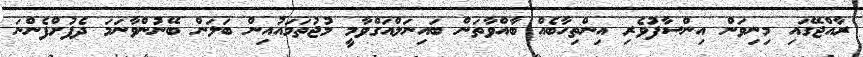
ރާއްޖޭގައި މިނިވަން އިންސާފުވެރި އިންތިހާބެއް ބާއްވާތަން ބައިނަލްއަގްވާމީ މުޖުތަމައުއިން ބަލަން ބޭނުންވާނަމަ ދެފުށްފެންނަ